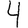
Digit: 4